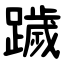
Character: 䠩